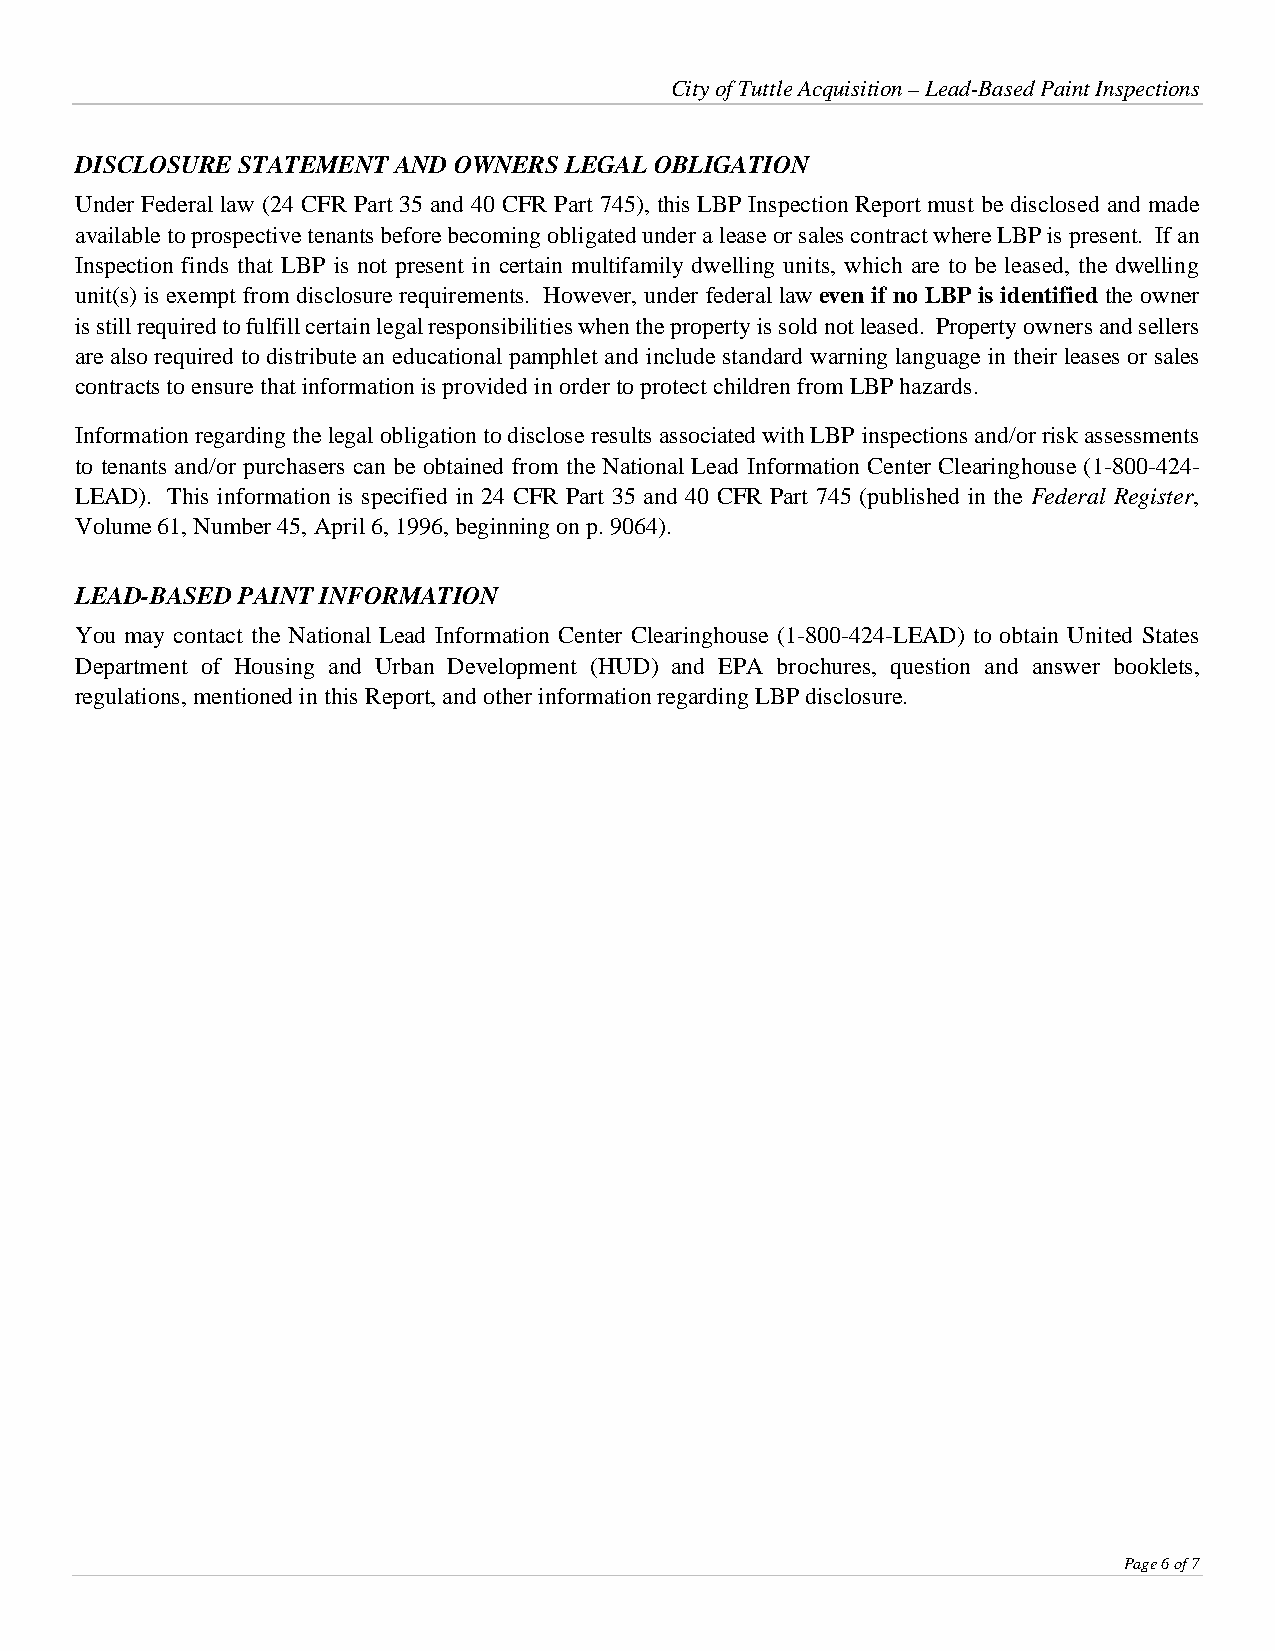
City of Tuttle Acquisition – Lead-Based Paint Inspections
 DISCLOSURE STATEMENT AND OWNERS LEGAL OBLIGATION
 Under Federal law (24 CFR Part 35 and 40 CFR Part 745), this LBP Inspection Report must be disclosed and made
 available to prospective tenants before becoming obligated under a lease or sales contract where LBP is present. If an
 Inspection finds that LBP is not present in certain multifamily dwelling units, which are to be leased, the dwelling
 unit(s) is exempt from disclosure requirements. However, under federal law even if no LBP is identified the owner
 is still required to fulfill certain legal responsibilities when the property is sold not leased. Property owners and sellers
 are also required to distribute an educational pamphlet and include standard warning language in their leases or sales
 contracts to ensure that information is provided in order to protect children from LBP hazards.
 Information regarding the legal obligation to disclose results associated with LBP inspections and/or risk assessments
 to tenants and/or purchasers can be obtained from the National Lead Information Center Clearinghouse (1-800-424-
 LEAD). This information is specified in 24 CFR Part 35 and 40 CFR Part 745 (published in the Federal Register,
 Volume 61, Number 45, April 6, 1996, beginning on p. 9064).
 LEAD-BASED PAINT INFORMATION
 You may contact the National Lead Information Center Clearinghouse (1-800-424-LEAD) to obtain United States
 Department of Housing and Urban Development (HUD) and EPA brochures, question and answer booklets,
 regulations, mentioned in this Report, and other information regarding LBP disclosure.
 Page 6 of 7